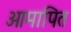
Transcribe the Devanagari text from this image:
आमापित